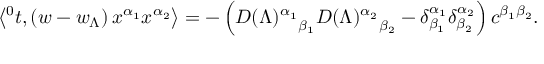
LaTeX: \left\langle { ^ 0 t } , \left( w - w _ { \Lambda } \right) x ^ { \alpha _ { 1 } } x ^ { \alpha _ { 2 } } \right\rangle = - \left( { D ( \Lambda ) ^ { \alpha _ { 1 } } } _ { \beta _ { 1 } } { D ( \Lambda ) ^ { \alpha _ { 2 } } } _ { \beta _ { 2 } } - \delta _ { \beta _ { 1 } } ^ { \alpha _ { 1 } } \delta _ { \beta _ { 2 } } ^ { \alpha _ { 2 } } \right) c ^ { \beta _ { 1 } \beta _ { 2 } } .